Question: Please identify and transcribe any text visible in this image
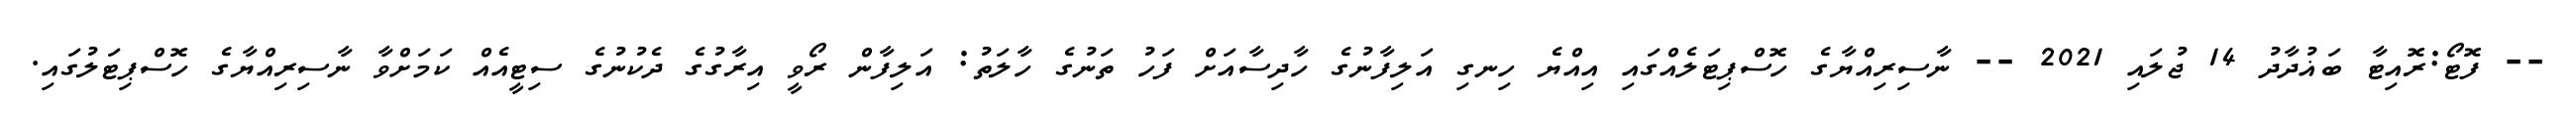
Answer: -- ފޮޓޯ:ރޮއިޓާ ބަޣުދާދު 14 ޖުލައި 2021 -- ނާސިރިއްޔާގެ ހޮސްޕިޓަލެއްގައި އިއްޔެ ހިނގި އަލިފާނުގެ ހާދިސާއަށް ފަހު ތަނުގެ ހާލަތު: އަލިފާން ރޯވީ އިރާގުގެ ދެކުނުގެ ސިޓީއެއް ކަމަށްވާ ނާސިރިއްޔާގެ ހޮސްޕިޓަލުގައި.